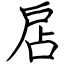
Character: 扂